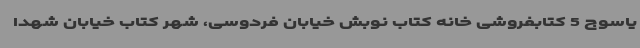
یاسوج 5 کتابفروشی خانه کتاب نوبش خیابان فردوسی، شهر کتاب خیابان شهدا